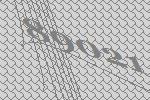
89021